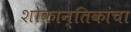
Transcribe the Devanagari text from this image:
शोकान्तिकांचा